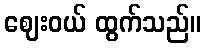
ဈေးဝယ် ထွက်သည်။